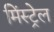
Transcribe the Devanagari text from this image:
मिंस्ट्रेल